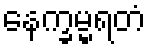
နေက္ခမ္မရတံ